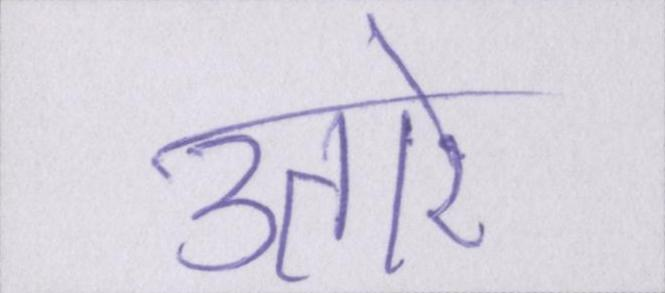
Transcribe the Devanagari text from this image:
उतारे